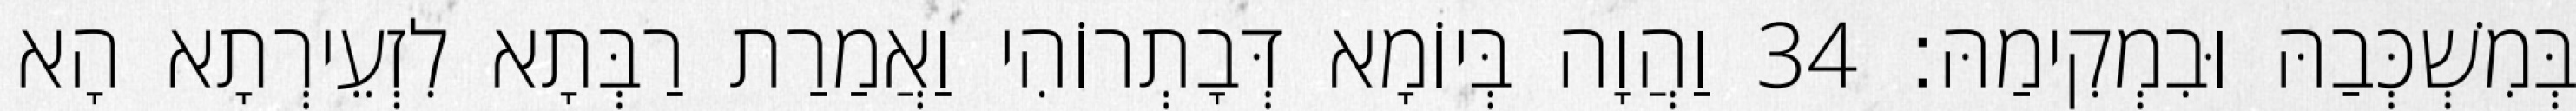
בְּמִשְׁכְּבַהּ וּבִמְקִימַהּ׃ 34 וַהֲוָה בְּיוֹמָא דְּבָתְרוֹהִי וַאֲמַרַת רַבְּתָא לִזְעֵירְתָא הָא